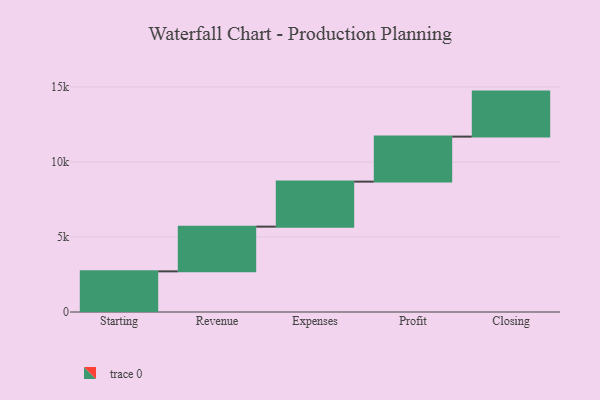
{"axis": {"x": "Step", "y": "Value"}, "legend": [""], "data": [{"x": "Starting", "y": 2709.0, "type": ""}, {"x": "Revenue", "y": 2981.0, "type": ""}, {"x": "Expenses", "y": 3000, "type": ""}, {"x": "Profit", "y": 3000, "type": ""}, {"x": "Closing", "y": 3000, "type": ""}]}